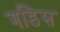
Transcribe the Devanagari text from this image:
गडिस